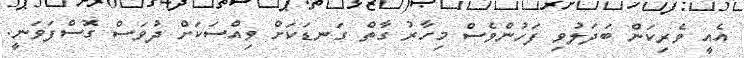
އެއީ ވެރިކަން ބަދަލުވި ފަހުންވެސް މިހާރު ގާތް ގަނޑަކަށް ވިއްސަކަށް ދުވަސް ގޮސްފަވަނީ.